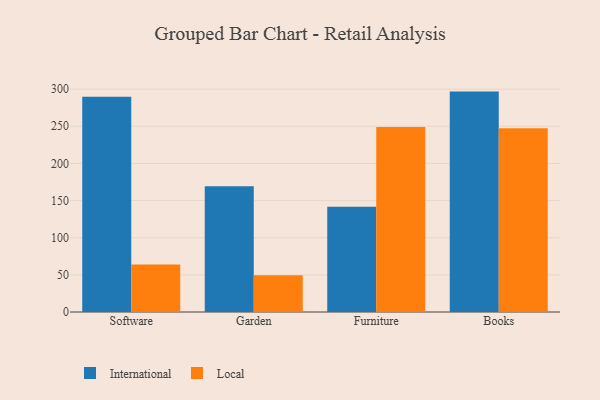
{"axis": {"x": "Category", "y": "Inventory Turnover"}, "legend": ["International", "Local"], "data": [{"x": "Software", "y": 289.6, "type": "International"}, {"x": "Software", "y": 64.0, "type": "Local"}, {"x": "Garden", "y": 169.2, "type": "International"}, {"x": "Garden", "y": 49.6, "type": "Local"}, {"x": "Furniture", "y": 141.6, "type": "International"}, {"x": "Furniture", "y": 249.0, "type": "Local"}, {"x": "Books", "y": 296.7, "type": "International"}, {"x": "Books", "y": 247.3, "type": "Local"}]}